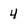
Character: 4